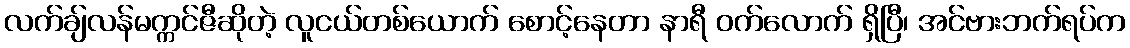
လက်ချ်လန်မက္ကင်ဇီဆိုတဲ့ လူငယ်တစ်ယောက် စောင့်နေတာ နာရီ ဝက်လောက် ရှိပြီ၊ အင်ဗားဘက်ရပ်က